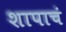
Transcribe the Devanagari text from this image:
शापाचं